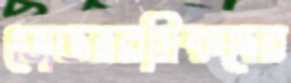
ভোজনরসিকদের